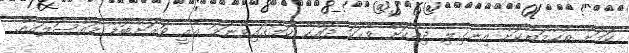
ކަމަށް ތުހުމަތުކޮށް އިނގިލި ދިއްކޮށް ވާހަކަ ދައްކާ ކަމުގައިވާނަމަ އެއީ ވަރަށްބޮޑު މައްސަލައެއް.